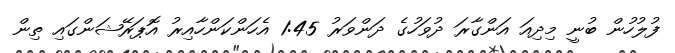
ފުލުހުން ބުނީ މިދިއަ އަންގާރަ ދުވަހުގެ ދަންވަރު 1:45 އެހަންކަންހާއިރު އޮޕަރޭޝަންގައި ތިން